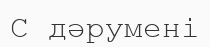
C дәрумені